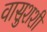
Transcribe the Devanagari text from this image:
वासुशशी